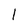
Character: 1